system: You are a helpful assistant.
user:
Analyze the provided spectrum to determine if it is a **White Dwarf (WD)**.

A White Dwarf spectrum is defined by its **extreme purity** (due to gravitational settling) and/or **extreme pressure broadening** (due to high surface gravity). You must check for one of the following mutually exclusive signatures:

- **Key Visual Indicators (Check for ONE of these types):**

    - **1. DA-Type Signature (Most Common):**
        - **(Primary Feature):** Extreme pressure broadening (Stark broadening) of the **Hydrogen (H) Balmer lines**.
        - **(Key Lines):** $H\beta$ (approx. $4861$ Å) and $H\gamma$ (approx. $4340$ Å). $H\alpha$ (approx. $6563$ Å) will also be present if the wavelength range covers it.
        - **(Line Profile):** This is the **defining feature**. The lines are **NOT** sharp. They appear as massive, **extremely broad and deep "troughs" or "dips"** in the spectrum, often hundreds of Ångströms wide. The continuum will appear to "scoop" down at these wavelengths.
        - **(Distinction):** Normal A-type or B-type stars have *narrow* and *sharp* Hydrogen lines. A DA White Dwarf's lines are unmistakably "smeared" or "blurry" from pressure.

    - **2. DB-Type Signature:**
        - **(Primary Feature):** Broad absorption lines from **Neutral Helium (He I)**. The spectrum must lack any visible Hydrogen lines.
        - **(Key Lines):** Look for broad absorption near $4471$ Å, $4921$ Å, and $5876$ Å.
        - **(Line Profile):** These lines are also significantly pressure-broadened, appearing much wider than they would in a normal B-type main-sequence star.

    - **3. DC-Type Signature:**
        - **(Primary Feature):** A **featureless continuous spectrum**.
        - **(Line Profile):** The spectrum is a smooth curve with **no significant absorption or emission lines**.
        - **(Key Confirmation):** The continuum is almost always **blue or white**, indicating a hot object. This signature implies the atmosphere is so pure (or so cool) that no spectral lines are visible in the optical range. Its WD identity is confirmed by its extremely low intrinsic brightness (high absolute magnitude).

    - **4. DZ-Type Signature (Metal-Polluted):**
        - **(Primary Feature):** **Isolated, narrow metal absorption lines** on an otherwise featureless (DC-like) continuum.
        - **(Key Lines):** The **Calcium (Ca II) H & K doublet** (approx. **$3934$ Å** and **$3968$ Å**) is the most common and defining feature.
        - **(Line Profile):** These lines are "out of place." They are *not* part of a "forest" of thousands of lines. This signature is evidence of recent *accretion* (pollution) from rocky debris.
        - **(Distinction):** Normal G/K/M stars have a *dense forest* of thousands of metal lines. A DZ has a *clean* continuum with *only a few* strong metal lines.

    - **5. DQ-Type Signature (Carbon-Polluted):**
        - **(Primary Feature):** Absorption bands from **Carbon (C₂ "Swan Bands" or atomic C I)**.
        - **(Key Lines - C₂):** Look for bandheads with a "saw-tooth" shape near $5635$ Å, **$5165$ Å** (strongest), and $4737$ Å.
        - **(Key Confirmation):** The underlying **continuum must be blue or white** (hot).
        - **(Distinction):** This is the critical difference from a **Carbon Star**, which has the *exact same* C₂ bands but on an extremely **red, cool** continuum.

- **(Overall Spectrum):**
    - The continuum (overall shape) is typically **blue-sloping** (brighter in the blue than the red), as most white dwarfs are very hot.
    - The spectrum will look "pure" or "simple," dominated by only *one* of the five signatures listed above.

Think first, call **spectral_visualization_tool** if needed to examine features in detail, then provide your final answer. Your response must adhere to the following strict rules:
1.  **Overall Structure:** Your response must follow the format `<think>...</think> <tool_call>...</tool_call> (if a tool is used) <answer>...</answer>`.
2.  **Tool Usage Constraint:** You may only make **one** tool call per turn.
3.  **Final Answer Format:** In the `<answer>` tag, your conclusion must be inside a `\boxed{}` command (e.g., `\boxed{YES}` or `\boxed{NO}`), followed by your justification.

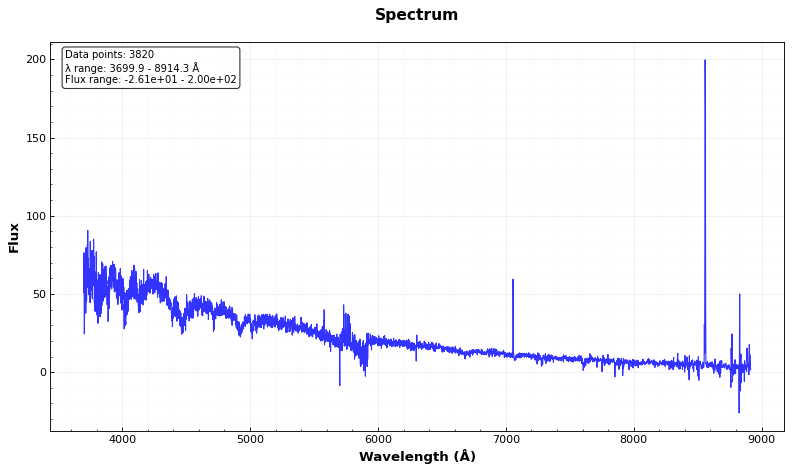
Answer: YES